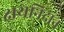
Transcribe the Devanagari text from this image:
क्षयनिदान